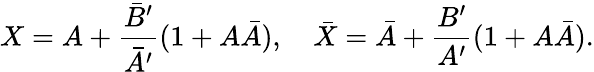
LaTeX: X=A+\frac{{\bar{B}}^{\prime}}{{\bar{A}}^{\prime}}(1+A\bar{A}),\quad\bar{X}=\bar{A}+\frac{B^{\prime}}{A^{\prime}}(1+A\bar{A}).